Scientific memoirs by medical officers of the Army of India - Part X,
Year: 1897
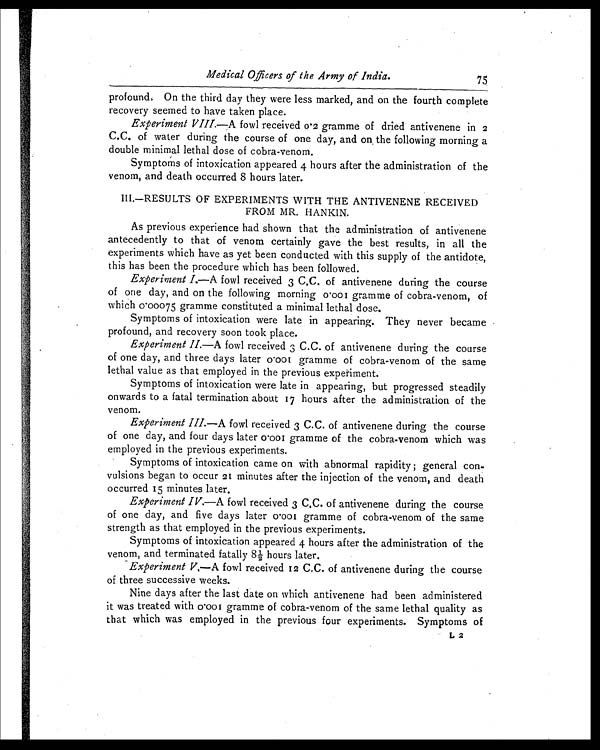
Medical Officers of the Army of India.
7 5
profound, On the third day they were less marked, and on the fourth complete
recovery seemed to have taken place.
Experiment VIII. —A fowl received 0.2 gramme of dried antivenene in 2
C.C. of water during the course of one day, and on, the following morning a
double minimal lethal dose of cobra-venom.
Symptoms of intoxication appeared 4 hours after the administration of the
venom, and death occurred 8 hours later.
III.—RESULTS OF EXPERIMENTS WITH THE ANTIVENENE RECEIVED
FROM MR. HANKIN.
As previous experience had shown that the administration of antivenene
antecedently to that of venom certainly gave the best results, in all the
experiments which have as yet been conducted with this supply of the antidote,
this has been the procedure which has been followed.
Experiment I.—A fowl received 3 C.C. of antivenene during the course
of one day, and on the following morning 0.001 gramme ofs cobra-venom, of
which 0.00075 gramme constituted a minimal lethal dose.
Symptoms of intoxication were late in appearing. They never became
profound, and recovery soon took place.
Experiment II. —A fowl received 3 C.C. of antivenene during the course
of one day, and three days later 0.001 gramme of cobra-venom of the same
lethal value as that employed in the previous experiment.
Symptoms of intoxication were late in appearing, but progressed steadily
onwards to a fatal termination about 17 hours after the administration of the
venom.
Experiment III .—A fowl received 3 C.C. of antivenene during the course
of one day, and four days later 0.001 gramme of the cobra-venom which was
employed in the previous experiments.
Symptoms of intoxication came on with abnormal rapidity ; general con-
vulsions began to occur 21 minutes after the injection of the venom, and death
occurred 15 minutes later.
Experiment IV. —A fowl received 3 C.C. of antivenene during the course
of one day, and five days later 0.001 gramme of cobra-venom of the same
strength as that employed in the previous experiments.
Symptoms of intoxication appeared 4 hours after the administration of the
venom, and terminated fatally 8½ hours later.
Experiment V.—A fowl received 12 C.C. of antivenene during the course
of three successive weeks.
Nine days after the last date on which antivenene had been administered
it was treated with 0.001 gramme of cobra-venom of the same lethal quality as
that which was employed in the previous four experiments. Symptoms of